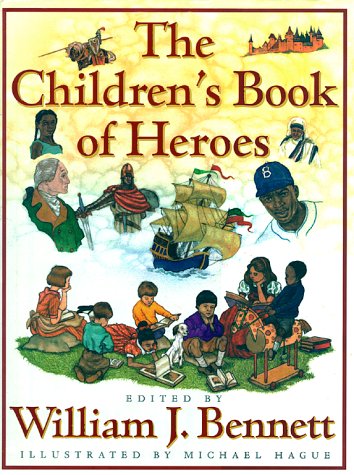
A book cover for The Children's Book of Heroes; Children's Books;